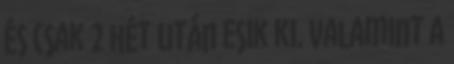
és csak 2 hét után esik ki. Valamint a